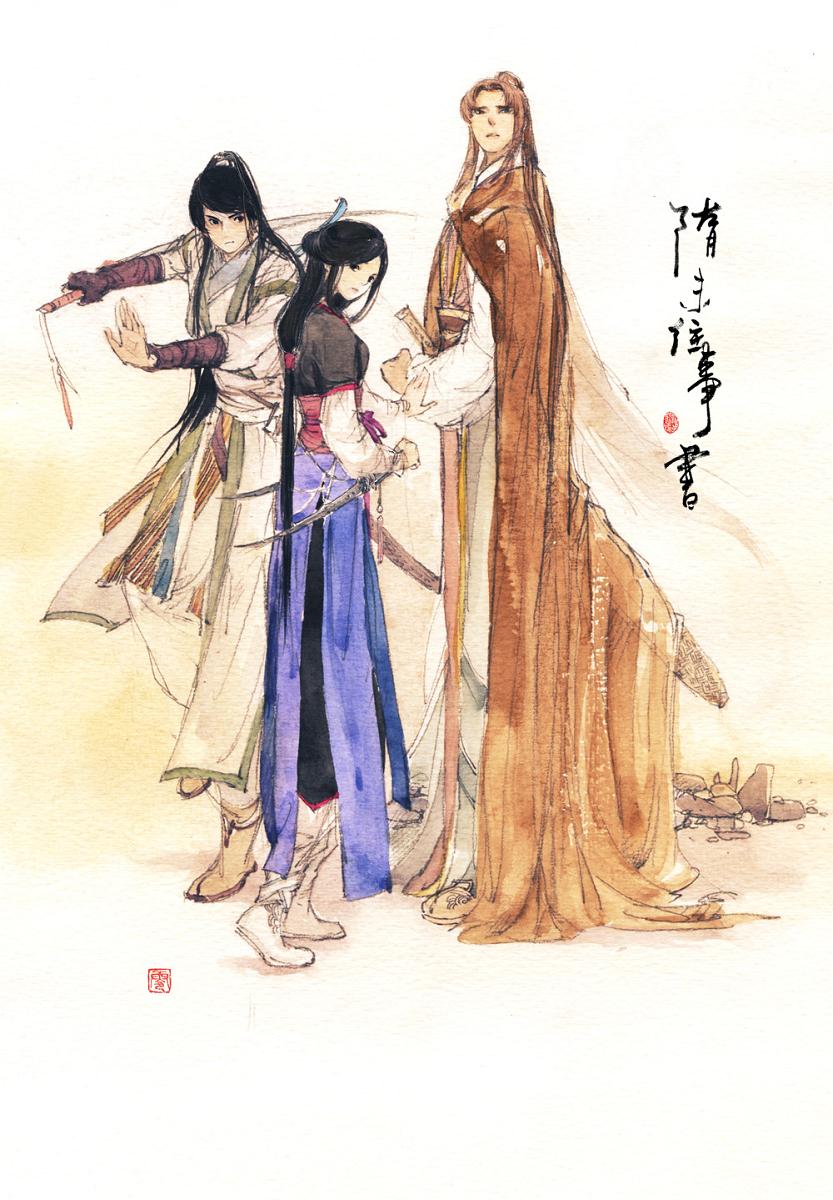
胭脂泪，相留醉，几时重。